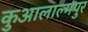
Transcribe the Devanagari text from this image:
कुआलाल्मपुर